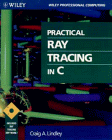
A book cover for Practical Ray Tracing in C; Craig A. Lindley; Computers & Technology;